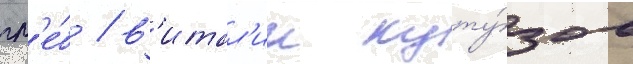
гл'е́б / в'итал'ии куту́зов